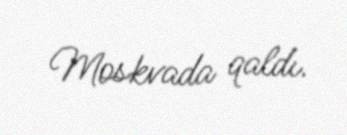
Moskvada qaldı.